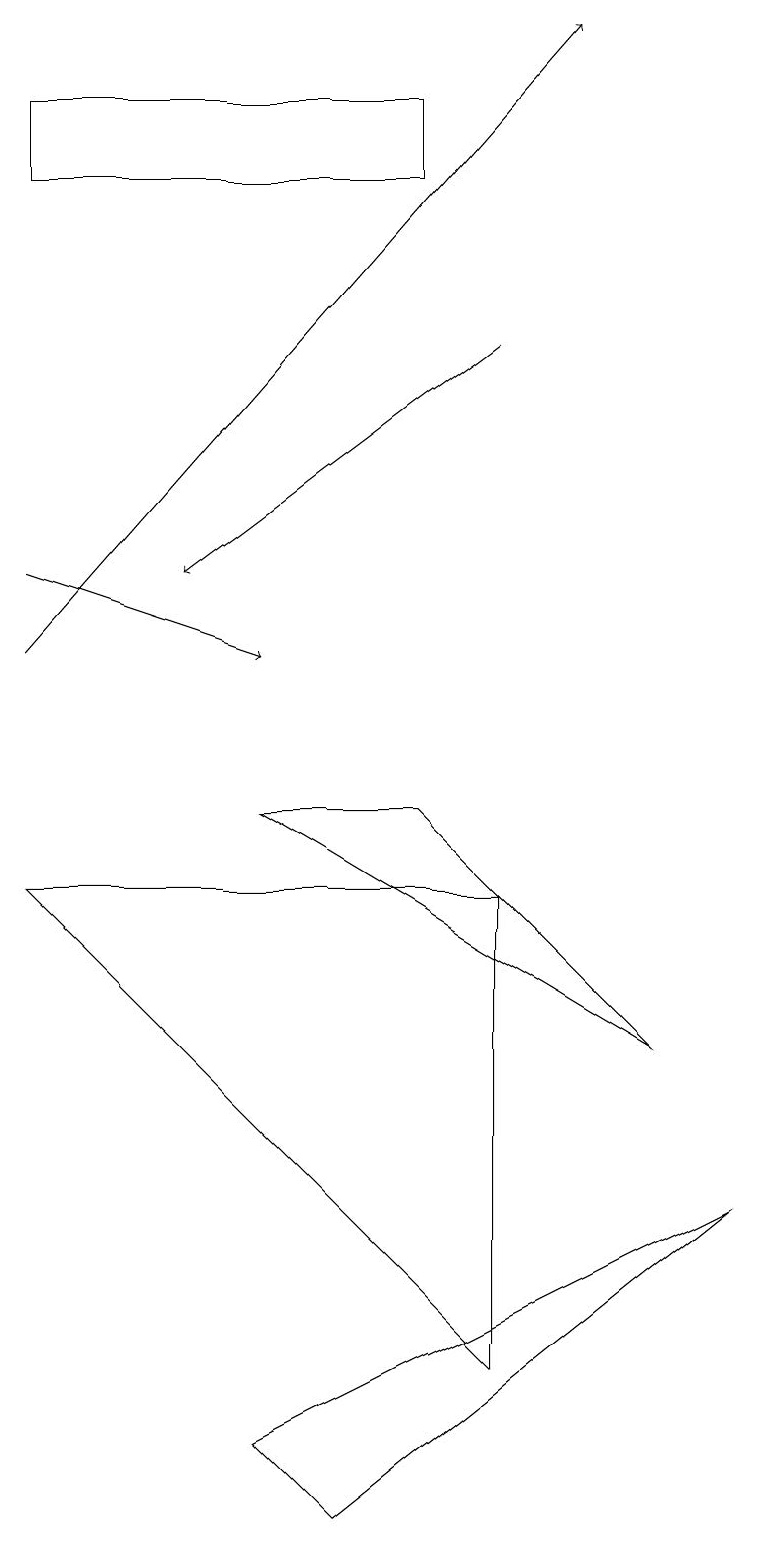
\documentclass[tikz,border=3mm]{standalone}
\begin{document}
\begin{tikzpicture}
\draw (5,18) rectangle (0,17);
\draw[->] (0,11) -- (7,19);
\draw[->] (6,15) -- (2,12);
\draw (5,9) -- (8,6) -- (3,9) -- cycle;
\draw (3,1) -- (9,4) -- (4,0) -- cycle;
\draw[->] (0,12) -- (3,11);
\draw (0,8) -- (6,8) -- (6,2) -- cycle;
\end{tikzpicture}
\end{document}